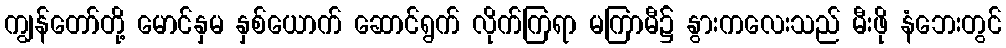
ကျွန်တော်တို့ မောင်နှမ နှစ်ယောက် ဆောင်ရွက် လိုက်ကြရာ မကြာမီ၌ နွားကလေးသည် မီးဖို နံဘေးတွင်